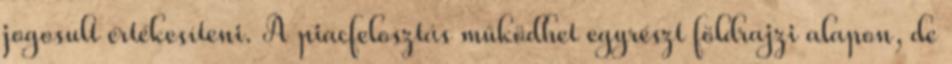
jogosult értékesíteni. A piacfelosztás működhet egyrészt földrajzi alapon, de